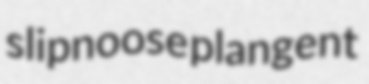
slipnoose plangent